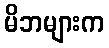
မိဘများက